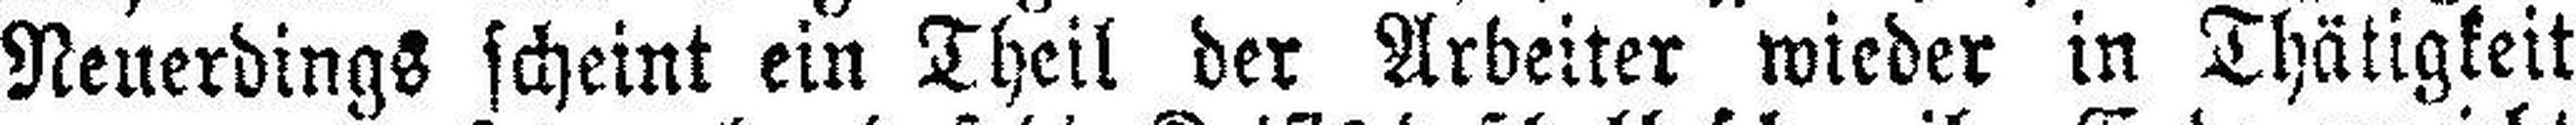
Neuerdings scheint ein Theil der Arbeiter wieder in Thätigkeit